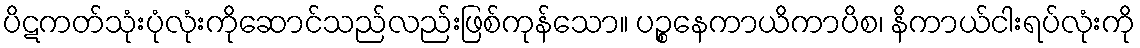
ပိဋကတ်သုံးပုံလုံးကိုဆောင်သည်လည်းဖြစ်ကုန်သော။ ပဉ္စနေကာယိကာပိစ၊ နိကာယ်ငါးရပ်လုံးကို